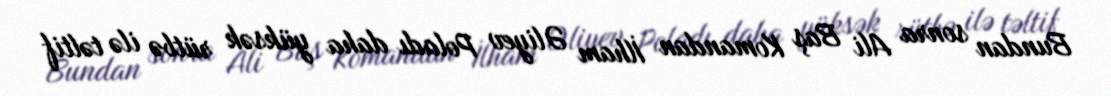
Bundan sonra Ali Baş Komandan İlham Əliyev Poladı daha yüksək rütbə ilə təltif